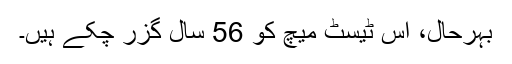
بہرحال، اس ٹیسٹ میچ کو 56 سال گزر چکے ہیں۔